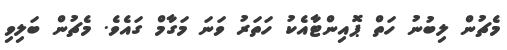
މެޗުން ލިބުނު ހަތް ޕޮއިންޓާއެކު ހަތަރު ވަނަ މަގާމް ގައެވެ. މެޗުން ބަލިވި